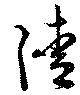
淸